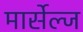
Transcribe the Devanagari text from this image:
मार्सेल्ज